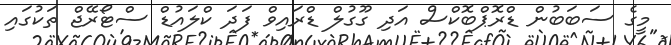
މީގެ ސަބަބުން ޑްރޮޕްބޮކްސް އަދި ގޫގުލް ޑްރައިވް ފަދަ ކްލައުޑް ސްޓޯރޭޖް ތަކުގައި